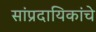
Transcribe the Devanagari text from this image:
सांप्रदायिकांचे